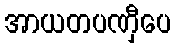
အာယတပဏှီပေ